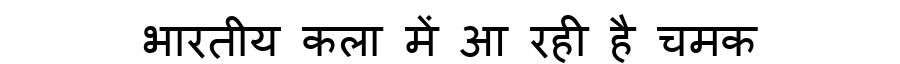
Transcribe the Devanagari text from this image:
भारतीय कला में आ रही है चमक